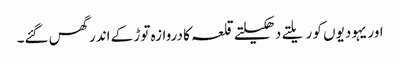
اور یہودیوں کو ریلتے دھکیلتے قلعہ کا دروازہ توڑ کے اندر گھس گئے۔